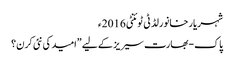
شہریار خانورلڈ ٹی ٹوئنٹی 2016ء
پاک-بھارت سیریز کے لیے ”امید کی نئی کرن؟